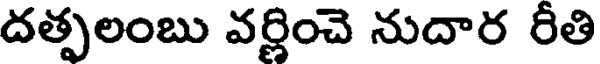
దత్పలంబు వర్ణించె నుదార రీతి